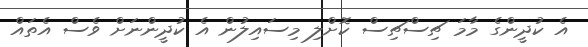
އެ ކުދީންގެ މާމަ ޗިސްޗިސް ކޮށްލި މިސައިލުން އެ ކުދީންނަށް ވެސް އެތައް